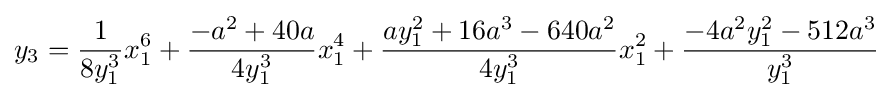
y_{3}={\frac {1}{8y_{1}^{3}}}x_{1}^{6}+{\frac {-a^{2}+40a}{4y_{1}^{3}}}x_{1}^{4}+{\frac {ay_{1}^{2}+16a^{3}-640a^{2}}{4y_{1}^{3}}}x_{1}^{2}+{\frac {-4a^{2}y_{1}^{2}-512a^{3}}{y_{1}^{3}}}